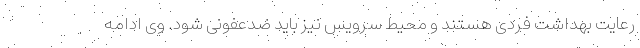
رعایت بهداشت فردی هستند و محیط سرویس نیز باید ضدعفونی شود. وی ادامه